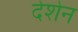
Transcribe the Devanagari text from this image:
देशेन